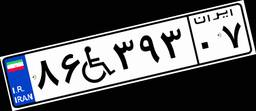
۸۶W۳۹۳۰۷